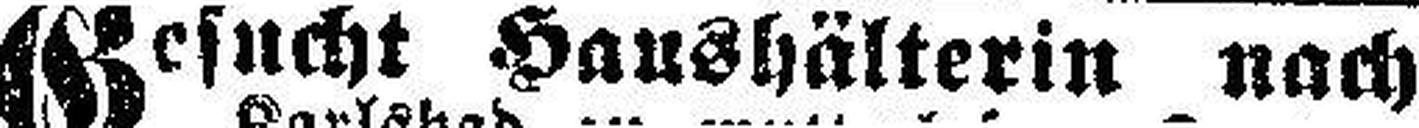
Gesucht Haushälterin nach